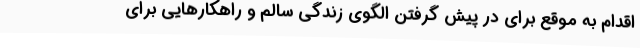
اقدام به موقع برای در پیش گرفتن الگوی زندگی سالم و راهکارهایی برای